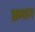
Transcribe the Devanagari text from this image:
क्रमाग